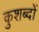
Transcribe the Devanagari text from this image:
कुशब्दों